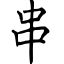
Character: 串